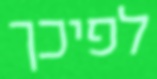
לפיכך